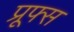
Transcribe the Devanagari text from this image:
प्रूफ्स